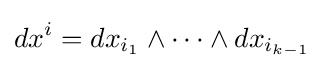
dx^{i}=dx_{i_{1}}\wedge \cdots \wedge dx_{i_{k-1}}